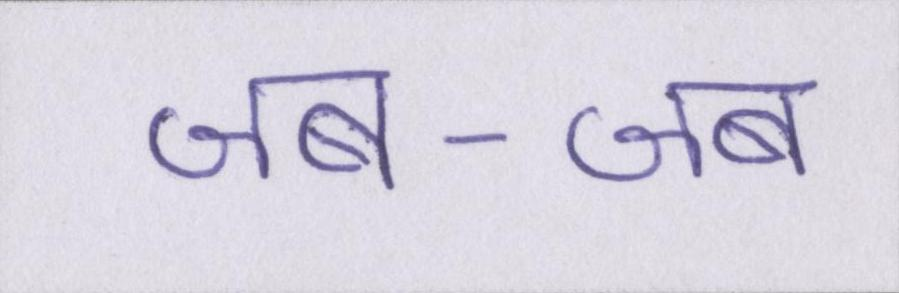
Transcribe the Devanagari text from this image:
जब-जब